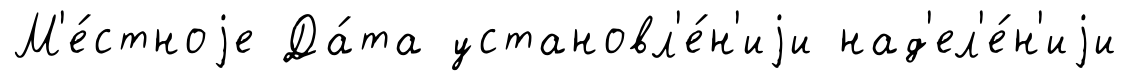
М'е́стноjе Да́та установл'е́н'иjи над'ел'е́н'иjи